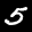
Label: 5